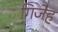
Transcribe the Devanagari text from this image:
गिजेह